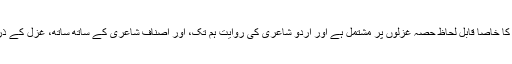
اردو کی شاعری کا خاصا قابلِ لحاظ حصہ غزلوں پر مشتمل ہے اور اردو شاعری کی روایت ہم تک، اور اصنافِ شاعری کے ساتھ ساتھ، غزل کے ذریعے پہنچی ہے۔